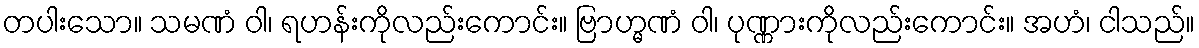
တပါးသော။ သမဏံ ဝါ၊ ရဟန်းကိုလည်းကောင်း။ ဗြာဟ္မဏံ ဝါ၊ ပုဏ္ဏားကိုလည်းကောင်း။ အဟံ၊ ငါသည်။